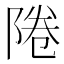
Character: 𨹵